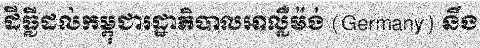
ដីធ្លីដល់កម្ពុជារដ្ឋាភិបាលអាល្លឺម៉ង់ (Germany) នឹង